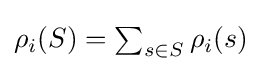
{\textstyle \rho _{i}(S)=\sum _{s\in S}\rho _{i}(s)}